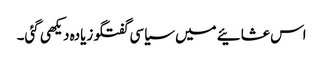
اس عشائیے میں سیاسی گفتگو زیادہ دیکھی گئی۔